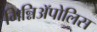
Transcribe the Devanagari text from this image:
मिन्निअॅपोलिस